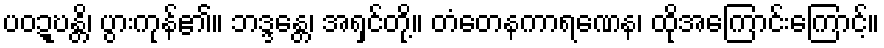
ပဝဍ္ဎန္တိ၊ ပွားကုန်၏။ ဘဒ္ဒန္တေ၊ အရှင်တို့။ တံတေနကာရဏေန၊ ထိုအကြောင်းကြောင့်။